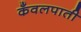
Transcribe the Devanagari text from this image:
कँवलपाती